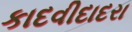
કાદવીદાદરા